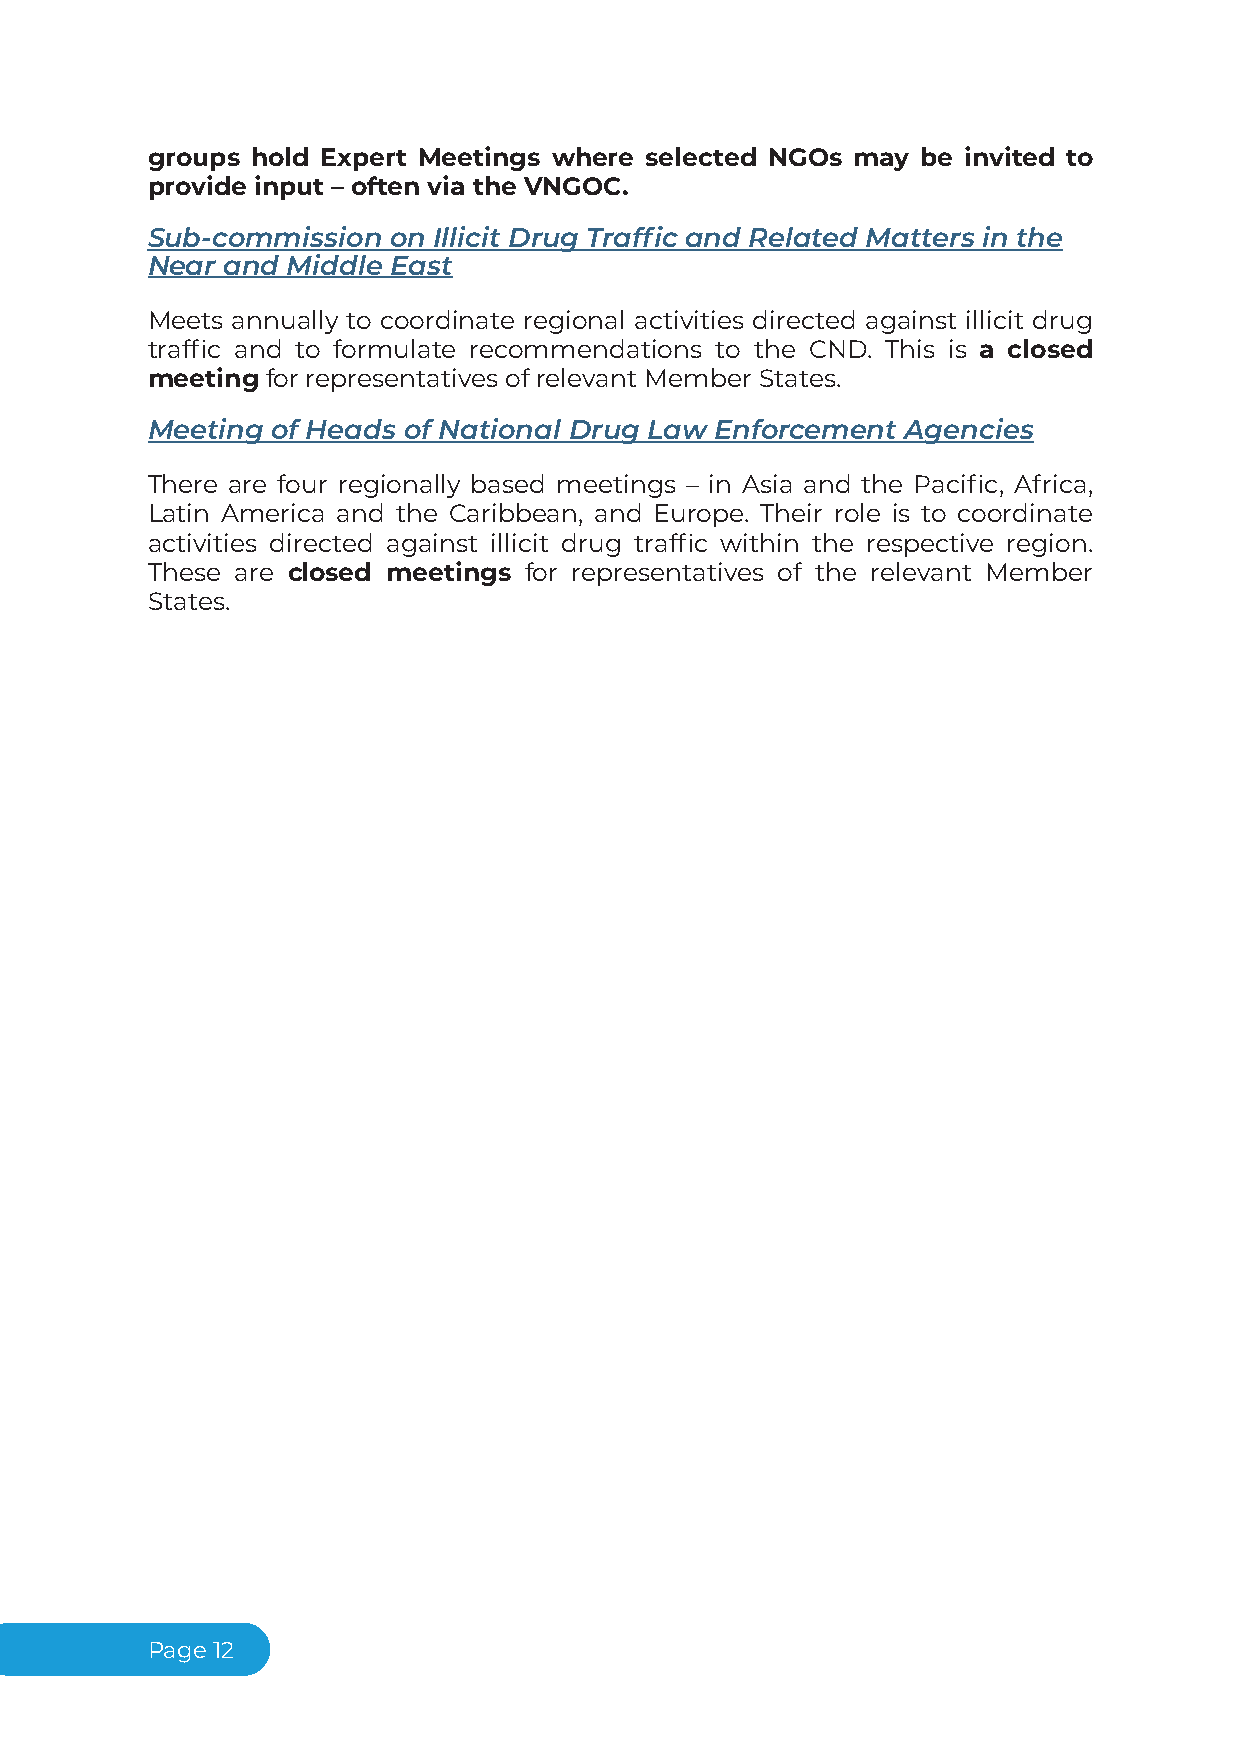
groups hold Expert Meetings where selected NGOs may be invited to
 provide input – often via the VNGOC.
 Sub-commission  on Illicit Drug Traffic and Related Matters in the
 Near and Middle East
 Meets annually to coordinate regional activities directed against illicit drug
 traffic and to formulate recommendations to the CND. This is a closed
 meeting for representatives of relevant Member States.
 Meeting of Heads of National Drug Law Enforcement Agencies
 There are four regionally based meetings – in Asia and the Pacific, Africa,
 Latin America and the Caribbean, and Europe. Their role is to coordinate
 activities directed against illicit drug traffic within the respective region.
 These are closed meetings for representatives of the relevant Member
 States.
 Page12